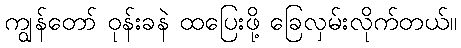
ကျွန်တော် ဝုန်းခနဲ ထပြေးဖို့ ခြေလှမ်းလိုက်တယ်။